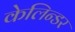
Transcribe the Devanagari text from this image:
केलिन्डर